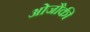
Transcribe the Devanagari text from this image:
ओजौकी